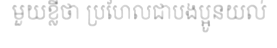
មួយខ្លីថា ប្រហែលជាបងប្អូនយល់